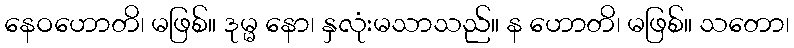
နေဝဟောတိ၊ မဖြစ်။ ဒုမ္မ နော၊ နှလုံးမသာသည်။ န ဟောတိ၊ မဖြစ်။ သတော၊